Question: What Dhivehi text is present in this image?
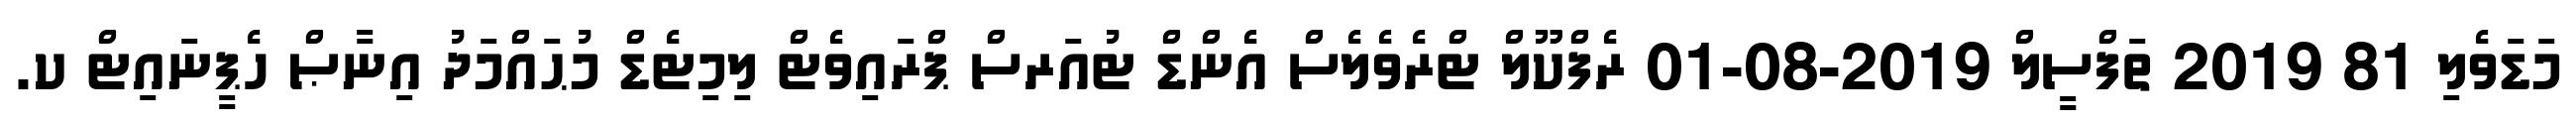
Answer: މަޑަވެލި 81 2019 ތަފްސީލް 2019-08-01 ރެފްކޫލް ޓްރެވެލެސް އެންޑް ޓުއަރސް ޕްރައިވެޓް ލިމިޓެޑް މުޙައްމަދު އިނާޞް ހެޕީނައިޓް ކ.